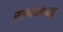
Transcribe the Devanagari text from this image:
सामंतोऽस्तु